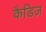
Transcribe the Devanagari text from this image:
कैडिज़